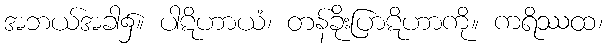
အဘယ်အခါ၌။ ပါဋိဟာယံ၊ တန်ခိုးပြာဋိဟာကို။ ကရိဿထ၊